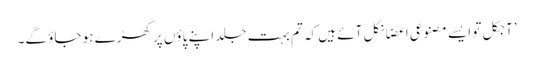
’آجکل تو ایسے مصنوعی اعضا نکل آئے ہیں کہ تم بہت جلد اپنے پاؤں پر کھڑے ہو جاؤ گے۔